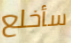
سأخلع